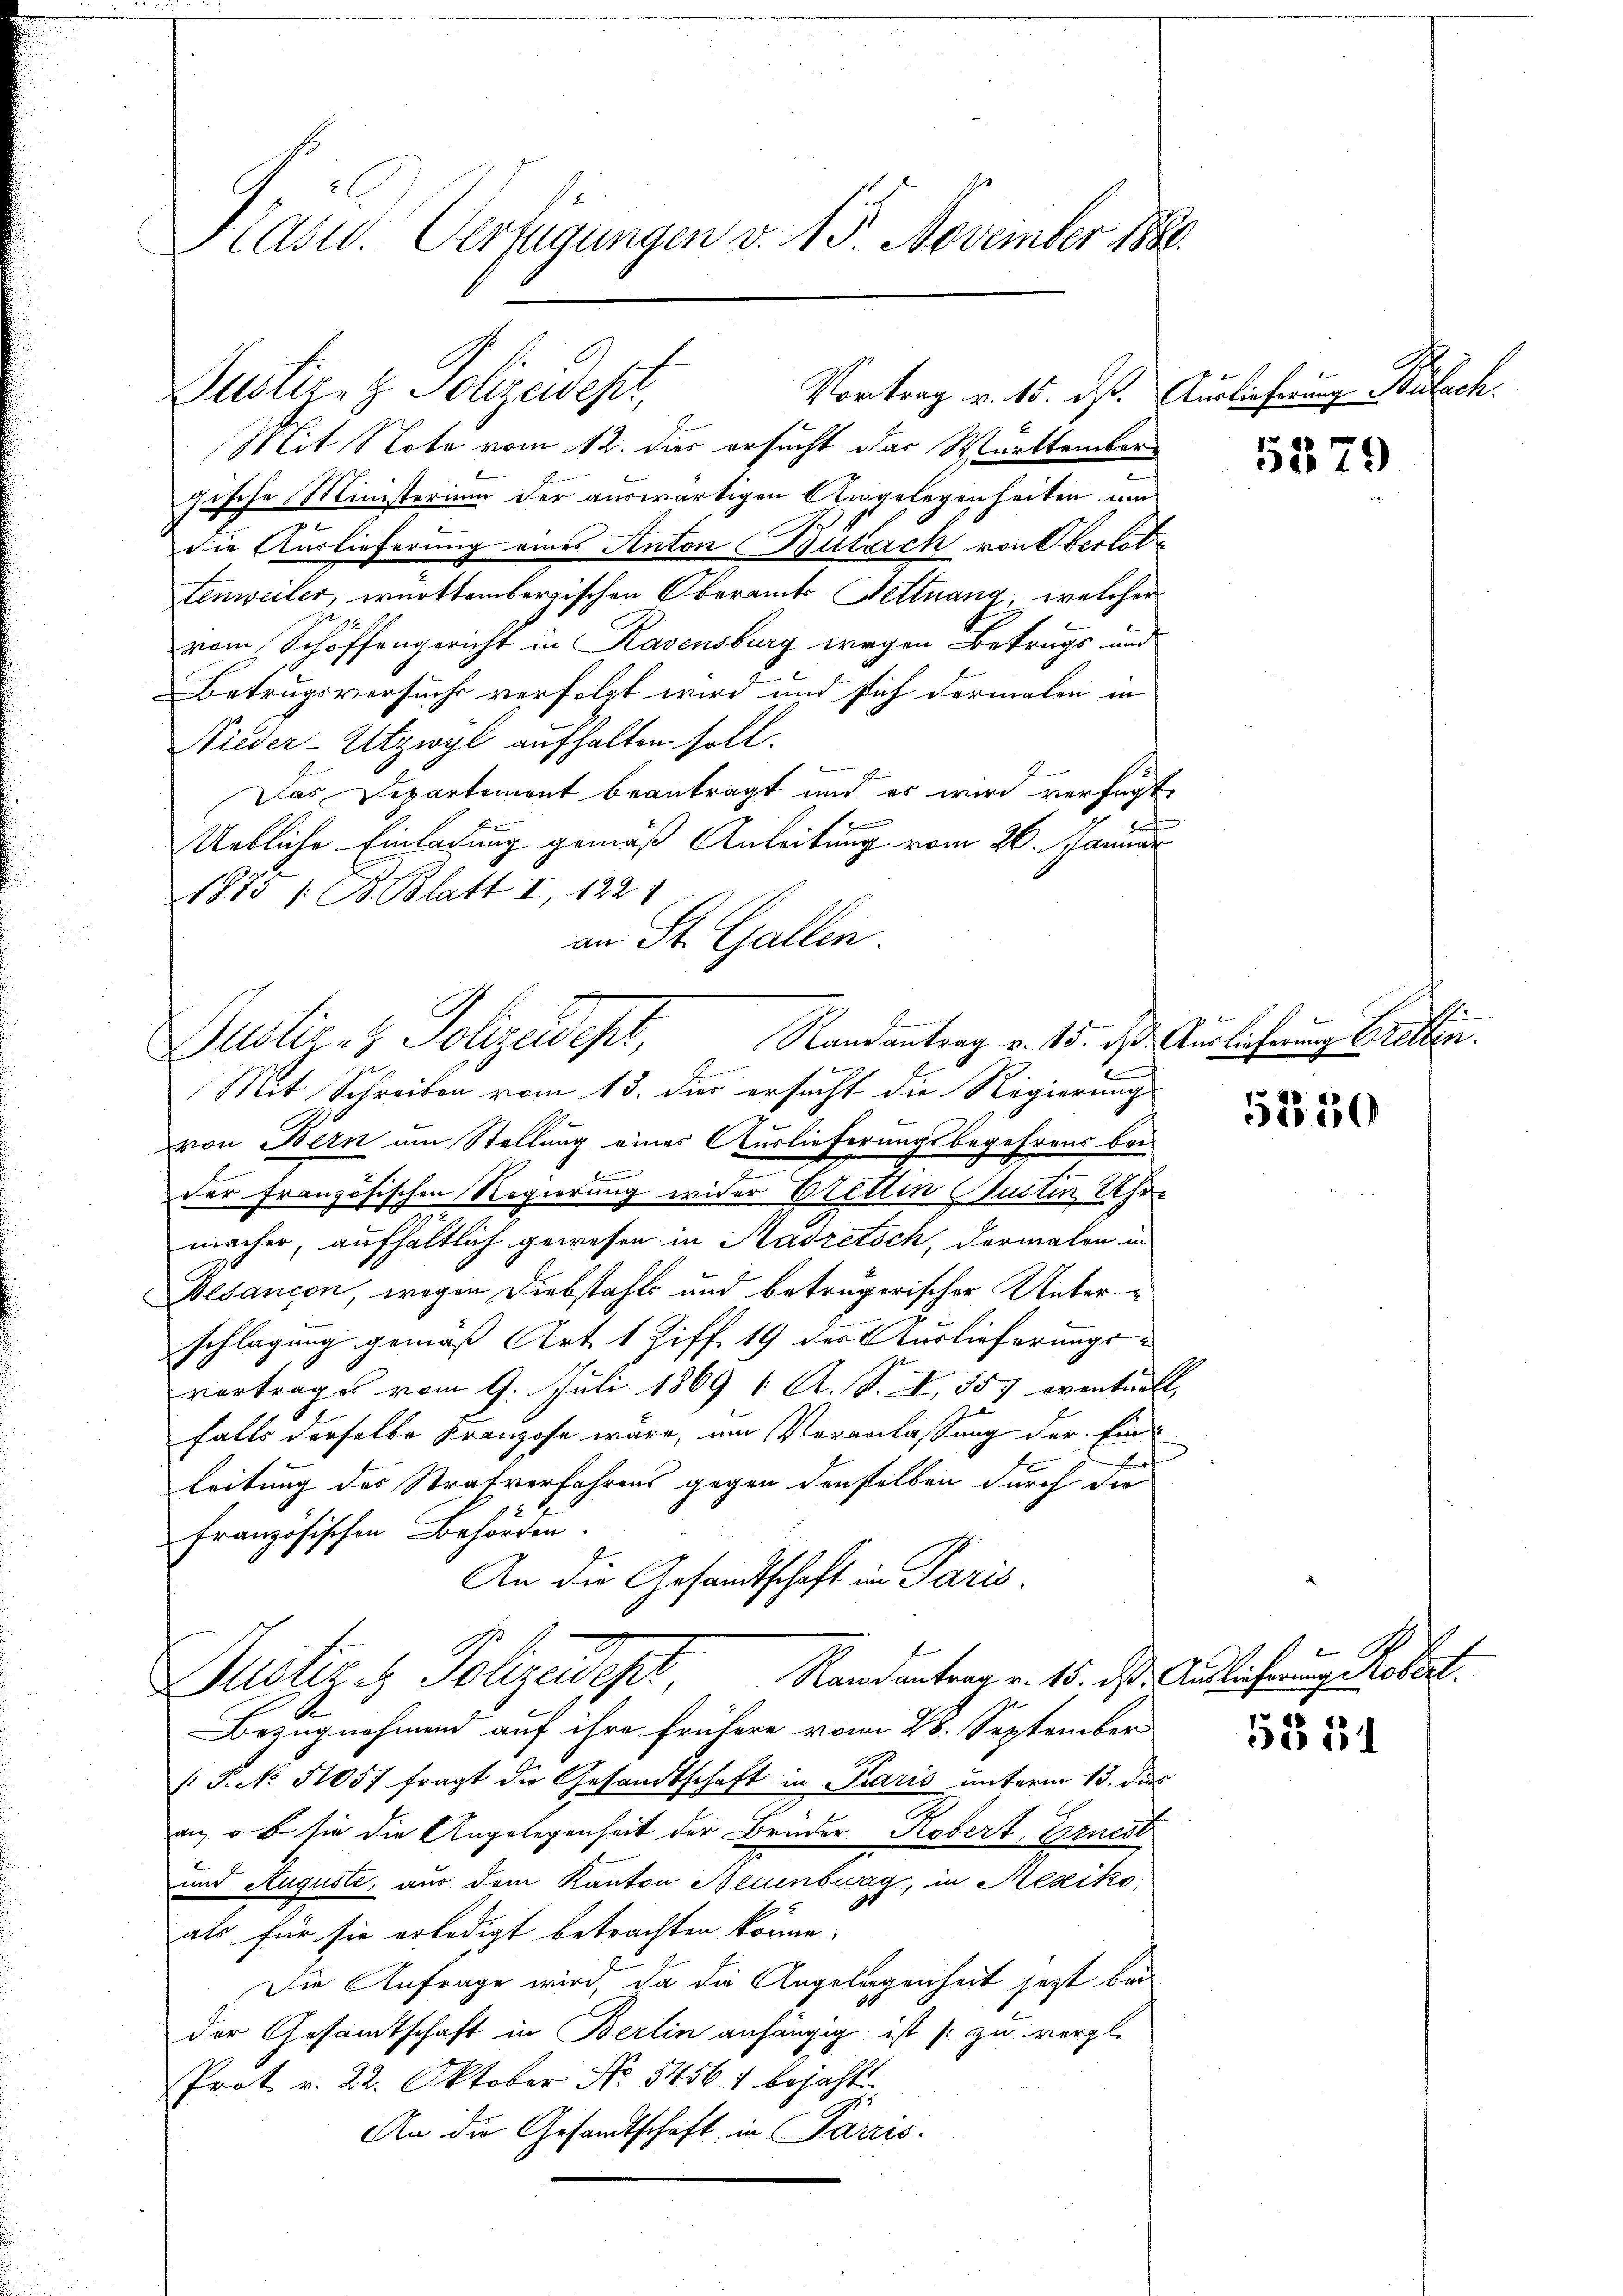
Hasw. Verfügungen v. 15. November 1888.

Mit Note vom 12. dies ersucht das Warttember
gische Ministerium der auswärtigen Angelegenheiten um
die Auslieferung eines Anton Bülach von Oberletz
Lenweiler, württembergischen Oberamts Nettnang, welcher
vom Schöffengericht in Ravensburg wegen Betrugs und
Betrugsversuch verfolgt wird und sich dermalen in
Nieder-Utzwyl aufhalten soll.
t
Das Departement beanträgt und es wird verfügt
Uebliche Einladung gemäß Anleitung vom 26. Januar
1873 / B. Blatt I 1221
an St. Gallen.
Justiz & Polizeidepar
Mit Schreiben vom 13. dies ersucht die Regierungs
von Bern am Stellung eines Auslieferungsbegehrens bei
F
¬
der französischen Regierung wider Bretten Justin Uhr-
macher, aufhaltlich gewesen in Aasretsch, dermalen in
Besançon wegen Diebstahls und betrugerischer Unterschlagung gemäß Art. 1 Ziff. 19 der Auslieferungsvortrages vom 9. Juli 1869 1. A. S. I. 557 eventuell,
falls derselbe Franzose wäre, am Veranlassung der Einleitung des Strafverfahrens gegen denselben durch die
französischen Behörden
An die Gesandtschaft in Paris.
Randantrag v. 15. ds. Auslieferung Robert.
Justiz & Polizeideser
Bezugnahmend auf ihre frühere vom 28. September
/: P. No. 51057 fragt die Gesandtschaft in Paris unterm 13. dies
an, ob sie die Angelegenheit der Bruder Robert, Ernest
und Auguste, aus dem Kanton Neuenburg, in Mexiko
als für sie erledigt betrachten könne.
Die Anfrage wird, da die Angelegenheit jetzt bei
der Gesamtschaft in Berlin anhängig ist zu vergl.
Prot. v. 22. Oktober No. 54561 bejaht.
An die Gesandtschaft in Parzis

Justiz- & Polizeidepi,

Randantrag v. 15. ds Auslieferung Bretten.

Vortrag v. 15. ds. Auslieferung Bülach.

5579

5250

53 34